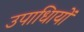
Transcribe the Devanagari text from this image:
उपाधिायों